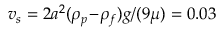
v _ { s } = 2 a ^ { 2 } ( \rho _ { p } \! - \! \rho _ { f } ) g / ( 9 \mu ) = 0 . 0 3